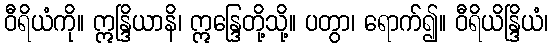
ဝီရိယံကို။ ဣန္ဒြိယာနိ၊ ဣန္ဒြေတို့သို့။ ပတွာ၊ ရောက်၍။ ဝီရိယိန္ဒြိယံ၊